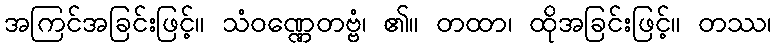
အကြင်အခြင်းဖြင့်။ သံဝဏ္ဏေတဗ္ဗံ၊ ၏။ တထာ၊ ထိုအခြင်းဖြင့်။ တဿ၊